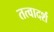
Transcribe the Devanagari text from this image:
तत्वादर्श